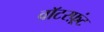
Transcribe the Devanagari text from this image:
वाॅटरफ़्रंट